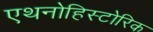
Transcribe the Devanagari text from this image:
एथनोहिस्टोरिक